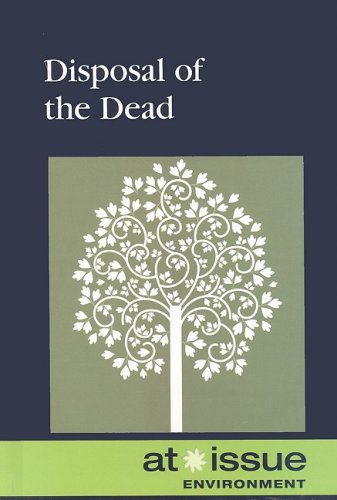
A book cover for Disposal of the Dead (At Issue); Diane Andrews Henningfield; Teen & Young Adult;